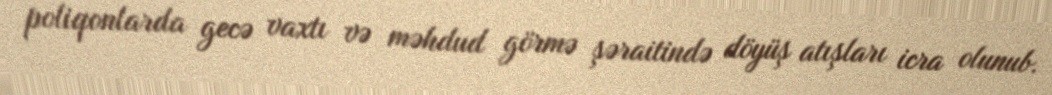
poliqonlarda gecə vaxtı və məhdud görmə şəraitində döyüş atışları icra olunub.